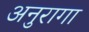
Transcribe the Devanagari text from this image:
अनुरागा